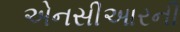
એનસીઆરની